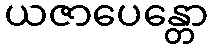
ယဇာပေန္တော